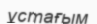
ұстағым